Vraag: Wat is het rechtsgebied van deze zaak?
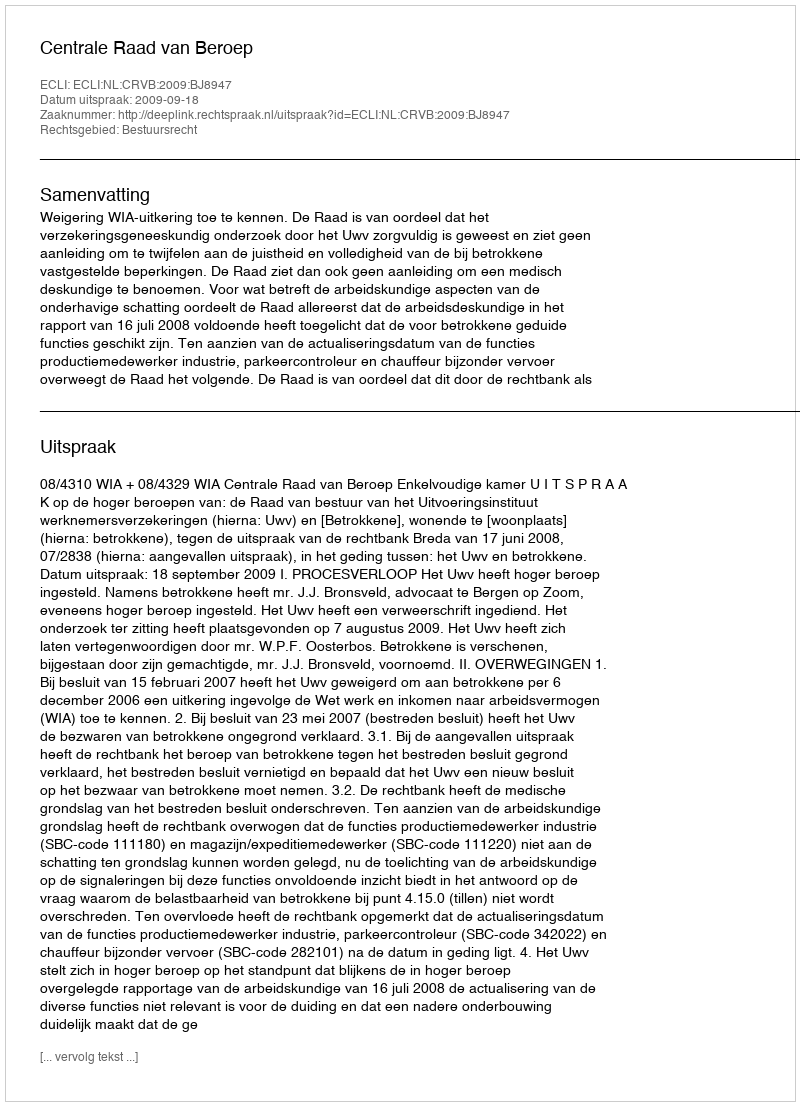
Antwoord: Bestuursrecht